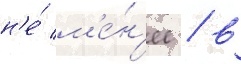
н'е́ м'е́н'ее / в